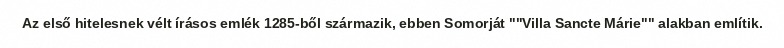
Az első hitelesnek vélt írásos emlék 1285-ből származik, ebben Somorját ""Villa Sancte Márie"" alakban említik.